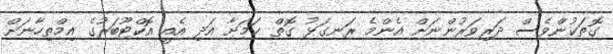
ގޮތަކުންވެސް ދަރިވަރުންނަށް އެންމެ ރަނގަޅު ގޮތް ކަމަށާ އަދި އެއީ އޮކްޓޫބަރުގެ އިމްތިހާނަށް